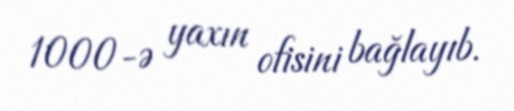
1000-ə yaxın ofisini bağlayıb.